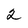
Character: 2